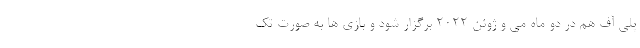
پلی آف هم در دو ماه می و ژوئن ۲۰۲۲ برگزار شود و بازی ها به صورت تک